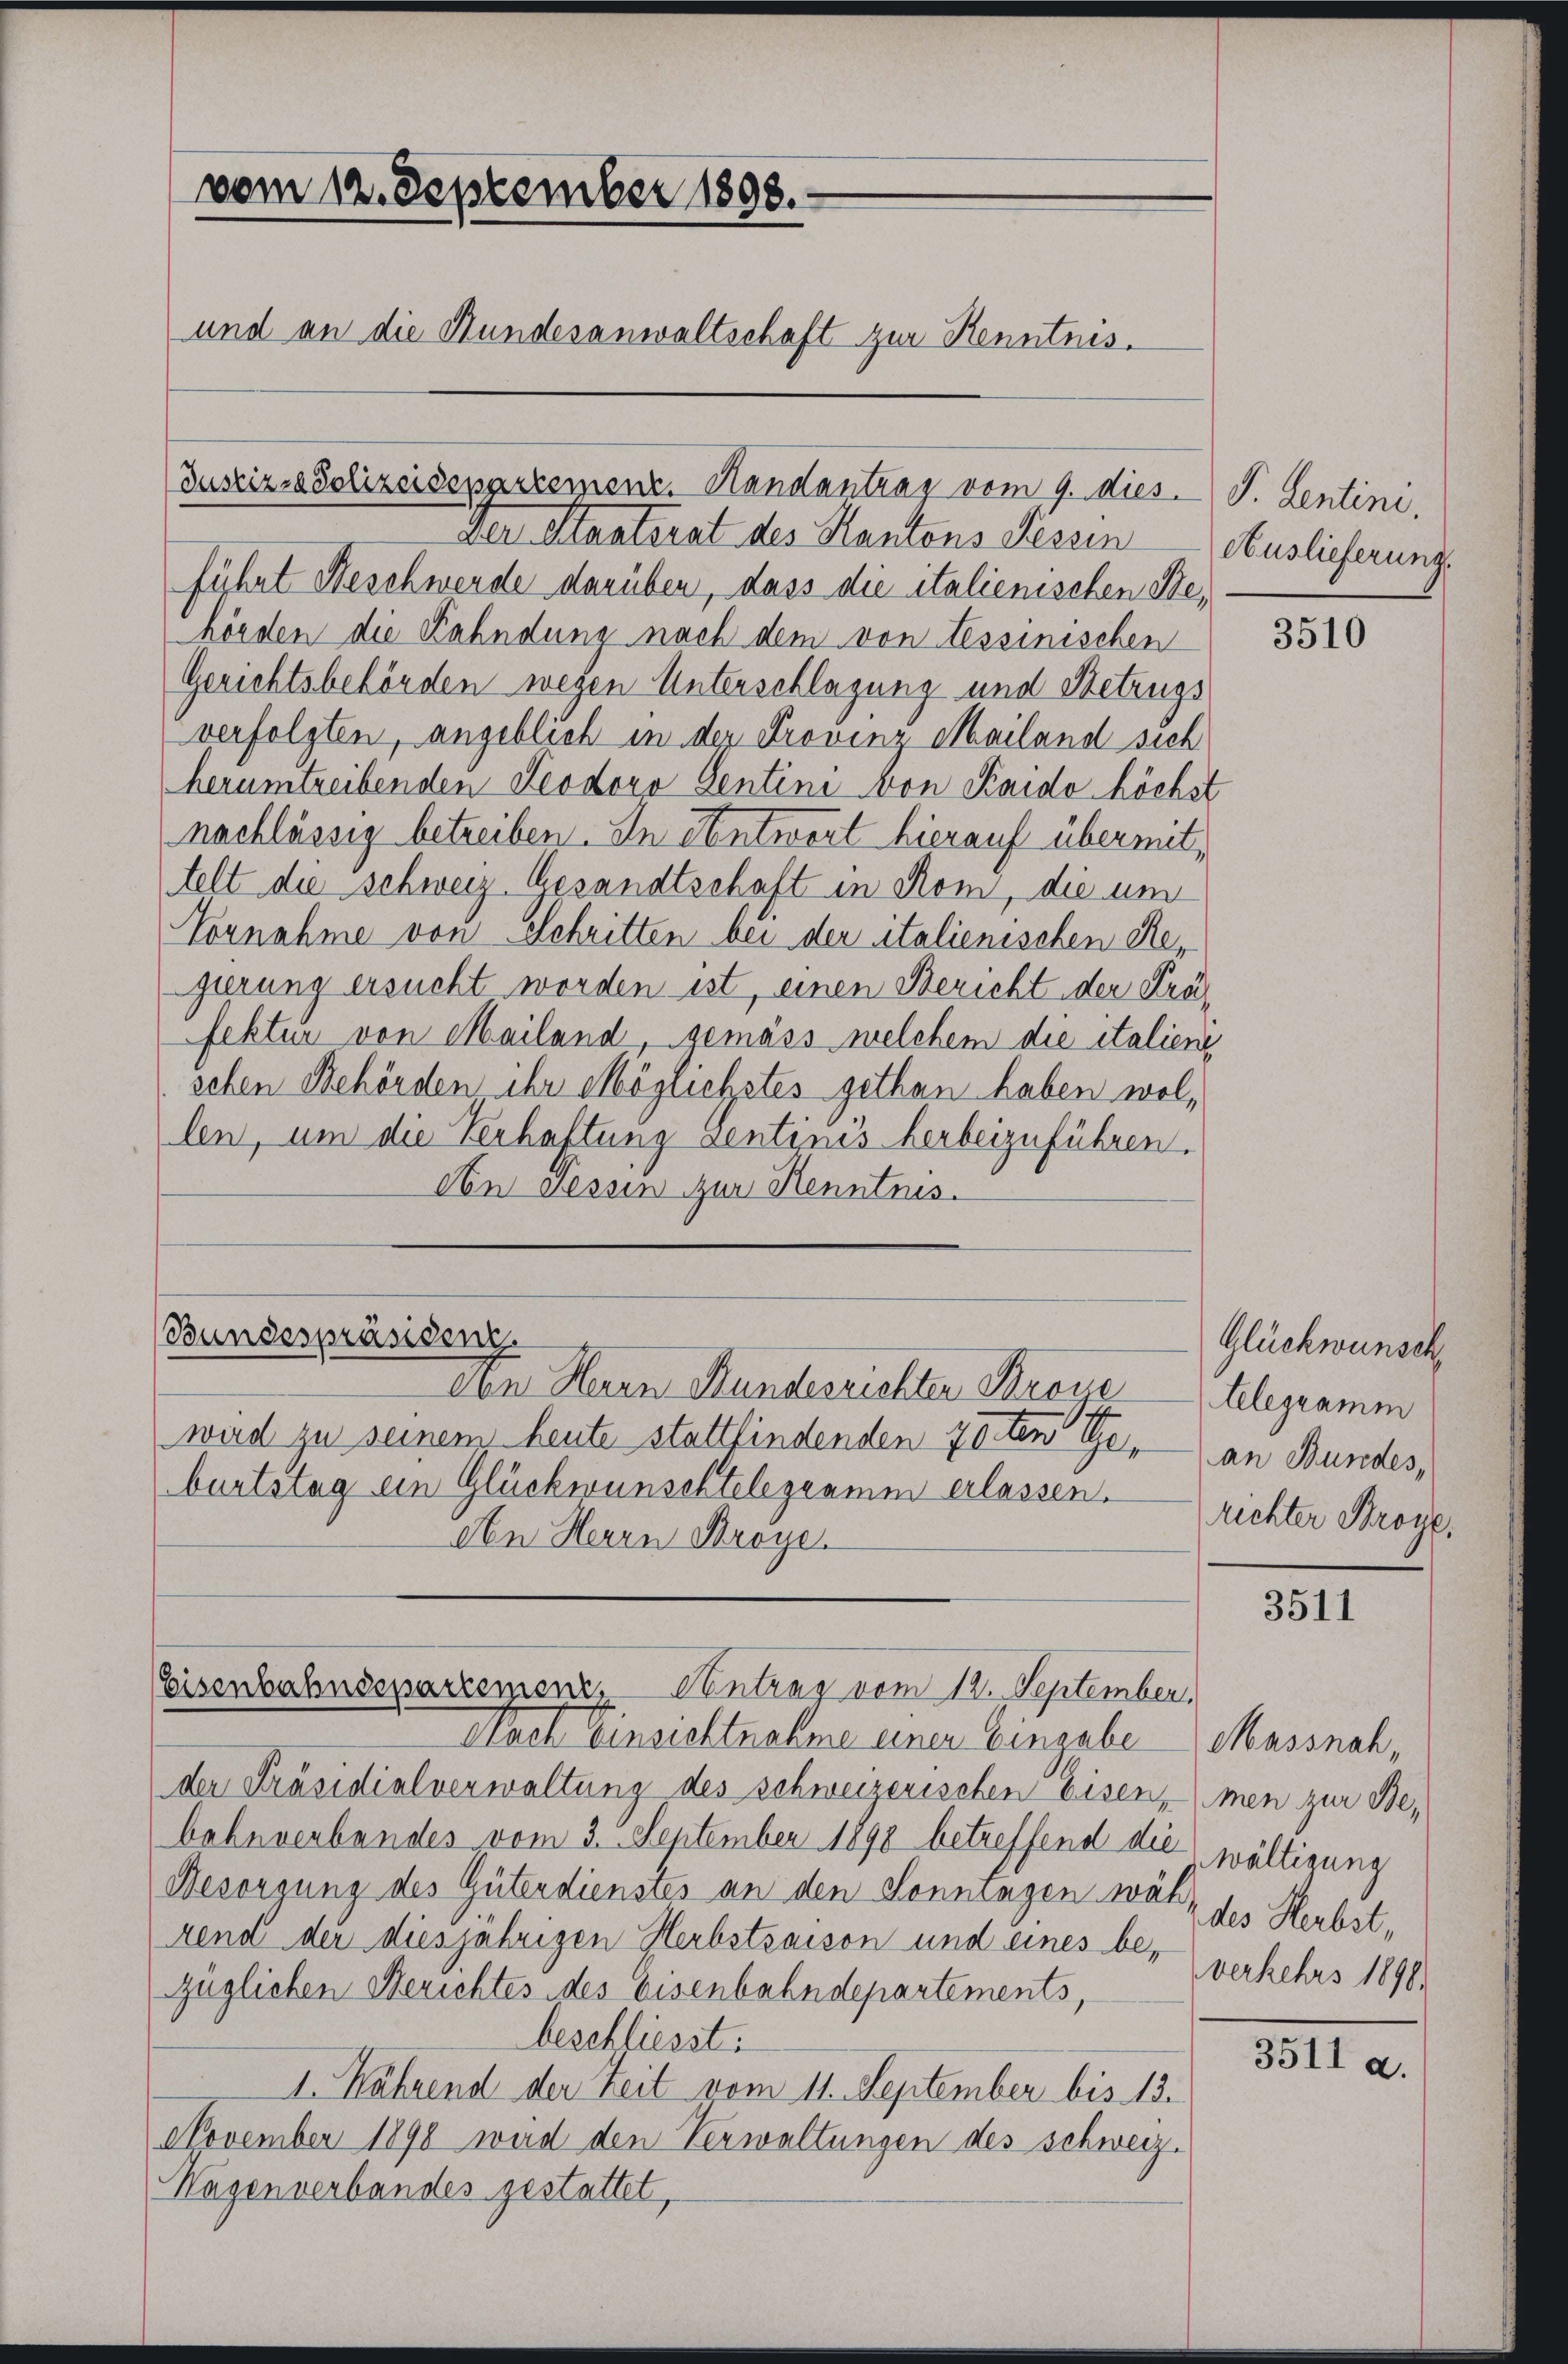
vom 12. September 1898.
und an die Stundesanwaltschaft zur Kenntnis.

Justiz-Polizeidepartement. Handantrag vom 9. dies. S. Lentini,
Der Staatsrat des Kantons Fessen
führt Beschwerde darüber, dass die italienischen Behörden die Kahndung nach dem von Tessinischen
Gerichtsbehörden wegen Unterschlagung und Setzugs
verfolgten, angeblieb in der Provinz Mailand sich
herumtreibenden Leodoro Sentini von Kaido höchst
nachlässig betreiben. In Antwort hierauf übermittelt die schweiz. Gesandtschaft in Rom, die und
Vornahme von Schritten bei der italienischen Regirung ersucht worden ist, einen Bericht der Präfektur von Mailand, gemäss welchem die italieng
sehen Behörden ihr Möglichstes gethan haben wol,
len, um die Verhaftung Sentinis herbeizuführen.
Obe Tessin zur Kenntnis.

Bundespräsidenz.
von Herrn Bundesrichter Brode

wird zu seinem heute stattfindenden 70 ten Geburtstag ein Glückwunschtelegramm erlassen.
An Herrn Broye

Eisenbahndepartemenz, Antrag vom 12. September

Nach Einsichtnahme einer Eingabe Massnah,
der Präsidialverwaltung des schweizerischen Eisen, men zur Bebahnverbandes vom 3. September 1898 betreffend die wältigung
Besorgung des Güterdienstes an den Sonntagen währ des Herbstrend der diesjährigen Herbstraison und eines be-
züglichen Berichtes des Eisenbahndepartements,
beschliesst.
I. Nährend der Zeit vom 11. September bis 13.
November 1898 wird den Verwaltungen des schweiz.
Hagenverbandes gestattet,

Auslieferungs

3510

Glückwünsch
telegramm
an Bundes,
richter Broye,

3511

verkehrs 1890.

3511 a.